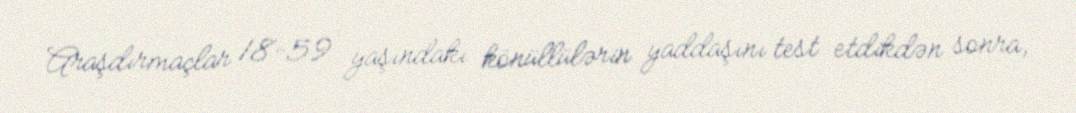
Araşdırmaçlar 18-59 yaşındakı könüllülərin yaddaşını test etdikdən sonra,